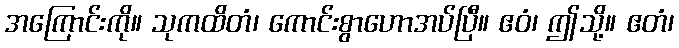
အကြောင်းကို။ သုကထိတံ၊ ကောင်းစွာဟောအပ်ပြီ။ ဧဝံ၊ ဤသို့။ ဧတံ၊